Indian journal of veterinary science and animal husbandry - Volume 3,
Year: 1933
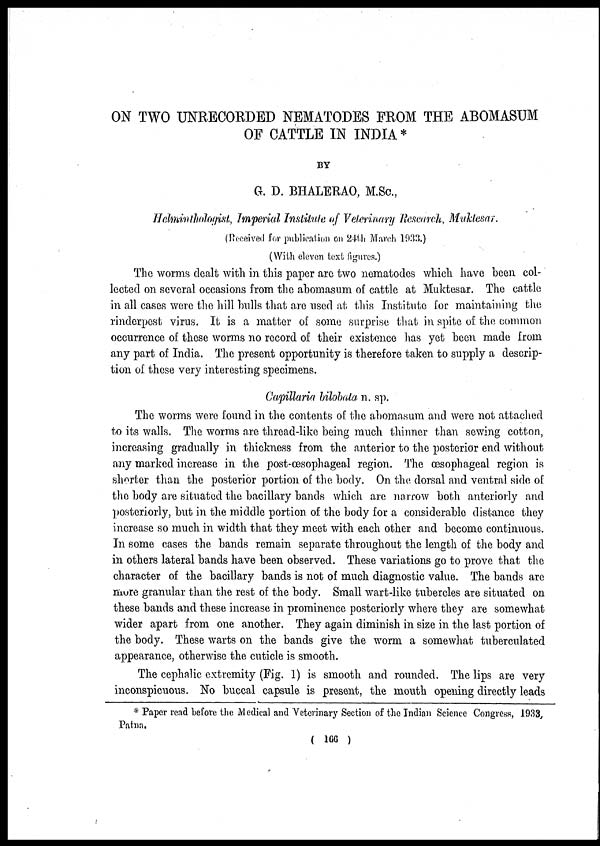
ON TWO UNRECORDED NEMATODES FROM THE ABOMASUM
OF CATTLE IN INDIA*
BY
G. D. BHALERAO, M.Sc.,
Helminthologist, Imperial Institute of Veterinary Research, Muktesar.
(Received for publication on 24th March 1933.)
(With eleven text figures.)
The worms dealt with in this paper are two nematodes which have been col-
lected on several occasions from the abomasum of cattle at Muktesar. The cattle
in all cases were the hill bulls that are used at this Institute for maintaining the
rinderpest virus. It is a matter of some surprise that in spite of the common
occurrence of these worms no record of their existence has yet been made from
any part of India. The present opportunity is therefore taken to supply a descrip-
tion of these very interesting specimens.
Capillaria bilobata n. sp.
The worms were found in the contents of the abomasum and were not attached
to its walls. The worms are thread-like being much thinner than sewing cotton,
increasing gradually in thickness from the anterior to the posterior end without
any marked increase in the post-œsophageal region. The œsophageal region is
shorter than the posterior portion of the body. On the dorsal and ventral side of
the body are situated the bacillary bands which are narrow both anteriorly and
posteriorly, but in the middle portion of the body for a considerable distance they
increase so much in width that they meet with each other and become continuous.
In some cases the bands remain separate throughout the length of the body and
in others lateral bands have been observed. These variations go to prove that the
character of the bacillary bands is not of much diagnostic value. The bands are
more granular than the rest of the body. Small wart-like tubercles are situated on
these bands and these increase in prominence posteriorly where they are somewhat
wider apart from one another. They again diminish in size in the last portion of
the body. These warts on the bands give the worm a somewhat tuberculated
appearance, otherwise the cuticle is smooth.
The cephalic extremity (Fig. 1) is smooth and rounded. The lips are very
inconspicuous. No buccal capsule is present, the mouth opening directly leads
* Paper read before the Medical and Veterinary Section of the Indian Science Congress, 1933,
Patna.
( 166 )